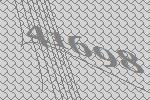
41698